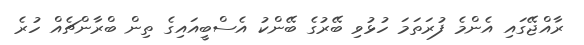
ރާއްޖޭގައި އެންމެ ފުރަތަމަ ހުޅުވި ބޭރުގެ ބޭންކު އެސްބީއައިގެ ތިން ބްރާންޗެއް ހުރެ